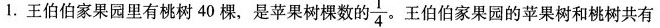
1.王伯伯家果园里有桃树40棵，是苹果树棵数的 \frac{1}{4}。王伯伯家果园的苹果树和桃树共有